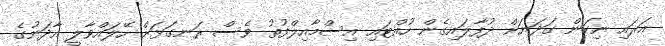
އަރައި ނިކަން ގަދަޔަށް ދުފާލައިގެން ހުއްޓައި އިސްމާއިލްފުތު ވެސް ރަނގަޅަށް ހޭލައްވާލީ އާދަނުގެ